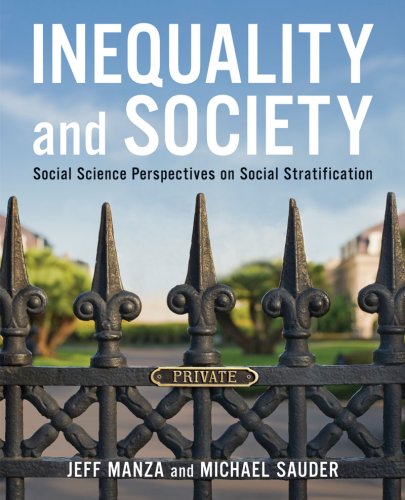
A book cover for Inequality and Society: Social Science Perspectives on Social Stratification; Business & Money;